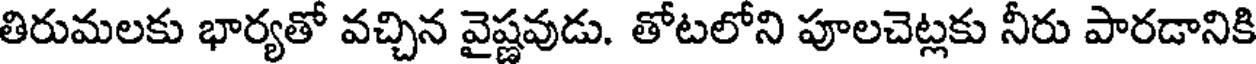
తిరుమలకు భార్యతో వచ్చిన వైష్ణవుడు. తోటలోని పూలచెట్లకు నీరు పారడానికి